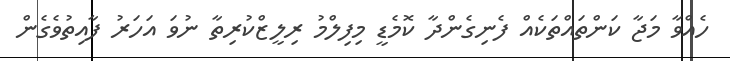
ހެއްވާ މަޖާ ކަންތައްތަކެއް ފެނިގެންދާ ކޮމެޑީ މިފިލްމު ރިލީޒްކުރިތާ ނުވަ އަހަރު ފާއިތުވެގެން